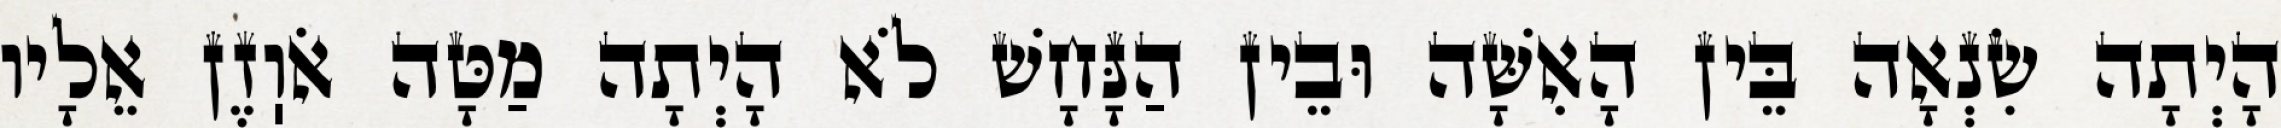
הָיְתָה שִׂנְאָה בֵּין הָאִשָּׁה וּבֵין הַנָּחָשׁ לֹא הָיְתָה מַטָּה אֹוֽזֶן אֵלָיו